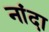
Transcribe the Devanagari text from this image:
नांदा